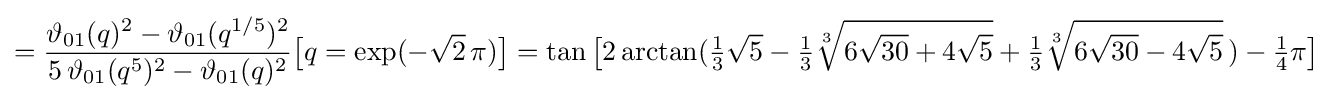
={\frac {\vartheta _{01}(q)^{2}-\vartheta _{01}(q^{1/5})^{2}}{5\,\vartheta _{01}(q^{5})^{2}-\vartheta _{01}(q)^{2}}}{\bigl [}q=\exp(-{\sqrt {2}}\,\pi ){\bigr ]}=\tan {\bigl [}2\arctan({\tfrac {1}{3}}{\sqrt {5}}-{\tfrac {1}{3}}{\sqrt[{3}]{6{\sqrt {30}}+4{\sqrt {5}}}}+{\tfrac {1}{3}}{\sqrt[{3}]{6{\sqrt {30}}-4{\sqrt {5}}}}\,)-{\tfrac {1}{4}}\pi {\bigr ]}